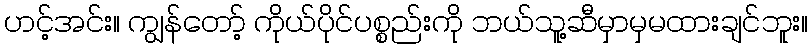
ဟင့်အင်း။ ကျွန်တော့် ကိုယ်ပိုင်ပစ္စည်းကို ဘယ်သူ့ဆီမှာမှမထားချင်ဘူး။